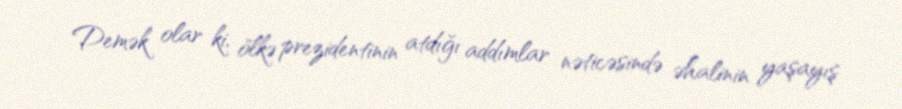
Demək olar ki, ölkə prezidentinin atdığı addımlar nəticəsində əhalinin yaşayış